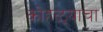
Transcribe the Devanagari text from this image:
कोहळ्याचा